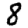
Digit: 8